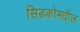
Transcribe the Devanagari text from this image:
सिडकोमधील